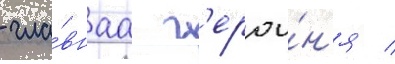
- гла́внаа г'ерои́н'я /